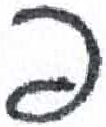
אות: פ